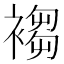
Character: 𧛸